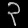
Digit: ၃